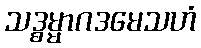
သဒ္ဓမ္မာဂဒမေသဟံ